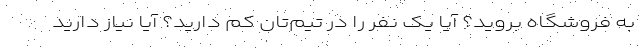
به فروشگاه بروید؟ آیا یک نفر را در تیم‌تان کم دارید؟ آیا نیاز دارید